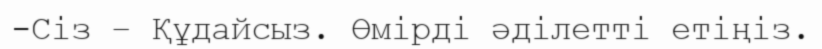
-Сіз – Құдайсыз. Өмірді әділетті етіңіз.